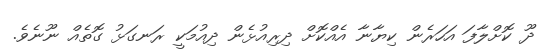
ދޫ ކޮށްލާފަ އަހަރެން ކިޔާނާ އެއްކޮށް ދިރިއުޅެން ދިއުމަކީ ރަނގަޅު ގޮތެއް ނޫނެވެ.